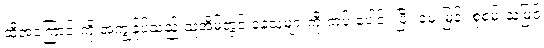
ထိုအကြောင်းကို အကျွန်ုပ်သည် သူ့အိမ်တွင် နေသူများကို ကပ် ပေါင်း ပြီး မေးမြန်း စုံစမ်းသဖြင့်